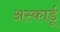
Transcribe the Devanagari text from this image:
अस्कार्डू